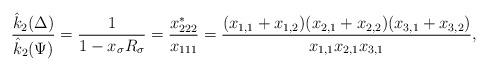
LaTeX: \begin{align*}\dfrac{\hat{k}_2(\Delta)}{\hat{k}_2(\Psi)}= \dfrac{1}{1-x_{\sigma}R_{\sigma}}=\dfrac{x_{222}^*}{x_{111}}=\dfrac{(x_{1,1}+x_{1,2})(x_{2,1}+x_{2,2})(x_{3,1}+x_{3,2})}{x_{1,1}x_{2,1}x_{3,1}},\end{align*}